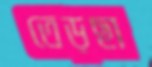
তেড়ছা